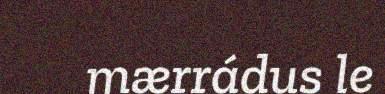
mærrádus le